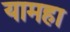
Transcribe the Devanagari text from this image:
यामहा